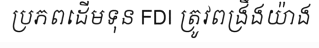
ប្រភពដើមទុន FDI ត្រូវពង្រឹងយ៉ាង